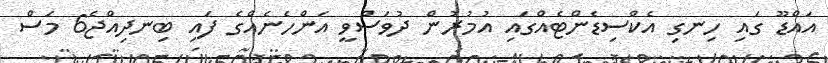
އައްޑޫ ގައި ހިނގި އެކްސިޑެންޓެއްގައި އުމުރުން ދުވަސްވީ އަންހެނެއްގެ ފައި ބިނދިއްޖެ6 މަސް